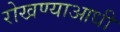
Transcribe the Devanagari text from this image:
रोखण्याआधी